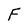
Character: F